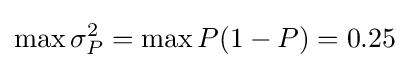
\max \sigma _{P}^{2}=\max P(1-P)=0.25